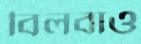
বিলবাও